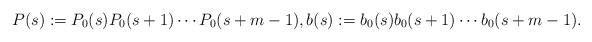
LaTeX: \begin{align*}P(s) := P_0(s)P_0(s+1)\cdots P_0(s+m-1),b(s) := b_0(s)b_0(s+1)\cdots b_0(s+m-1). \end{align*}